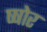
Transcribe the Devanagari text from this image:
ष्षोर